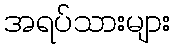
အရပ်သားများ